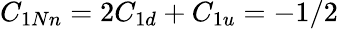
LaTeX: C_{1Nn}=2C_{1d}+C_{1u}=-1/2